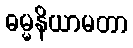
ဓမ္မနိယာမတာ